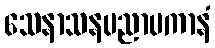
သေနာသနပညာပကာနံ